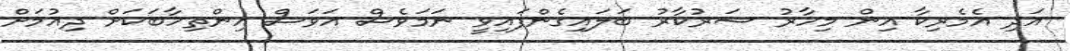
އަދި އެމެރިކާ އިން މިހާރު ސަރުކާރު ބަލައިގެންފައިވީ ނަމަވެސް އަވަސް އިންތިހާބަކަށް ދިއުމަށް